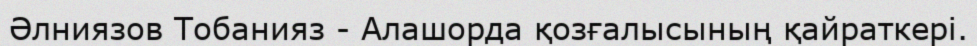
Әлниязов Тобанияз - Алашорда қозғалысының қайраткері.